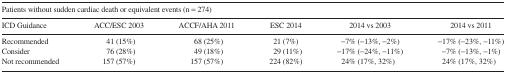
<table><thead><tr><td colspan="6"><b>Patients without sudden cardiac death or equivalent events (n = 274)</b></td></tr><tr><td><b>ICD Guidance</b></td><td><b>ACC/ESC 2003</b></td><td><b>ACCF/AHA 2011</b></td><td><b>ESC 2014</b></td><td><b>2014 vs 2003</b></td><td><b>2014 vs 2011</b></td></tr></thead><tbody><tr><td>Recommended</td><td>41 (15%)</td><td>68 (25%)</td><td>21 (7%)</td><td>−7% (−13%, −2%)</td><td>−17% (−23%, −11%)</td></tr><tr><td>Consider</td><td>76 (28%)</td><td>49 (18%)</td><td>29 (11%)</td><td>−17% (−24%, −11%)</td><td>−7% (−13%, −1%)</td></tr><tr><td>Not recommended</td><td>157 (57%)</td><td>157 (57%)</td><td>224 (82%)</td><td>24% (17%, 32%)</td><td>24% (17%, 32%)</td></tr></tbody></table>